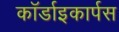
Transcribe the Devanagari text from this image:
कॉर्डाइकार्पस